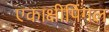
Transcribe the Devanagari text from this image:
एकाक्षीपिंगल